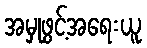
အမှုဖွင့်အရေးယူ